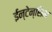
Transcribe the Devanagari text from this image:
ईन्टेन्सिभ